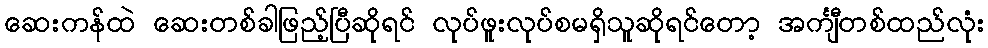
ဆေးကန်ထဲ ဆေးတစ်ခါဖြည့်ပြီဆိုရင် လုပ်ဖူးလုပ်စမရှိသူဆိုရင်တော့ အင်္ကျီတစ်ထည်လုံး